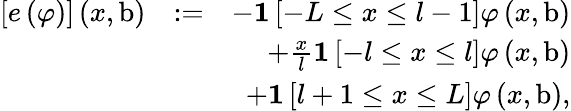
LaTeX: \begin{array}{rlr}{\left[e\left(\varphi\right)\right]\left(x,\mathrm{b}\right)}&{:=}&{-\mathbf{1}\left[-L\leq x\leq l-1\right]\varphi\left(x,\mathrm{b}\right)}\\ &{}&{+\frac{x}{l}\mathbf{1}\left[-l\leq x\leq l\right]\varphi\left(x,\mathrm{b}\right)}\\ &{}&{+\mathbf{1}\left[l+1\leq x\leq L\right]\varphi\left(x,\mathrm{b}\right),}\end{array}